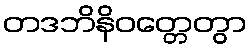
တဒဘိနိဝတ္တေတွာ